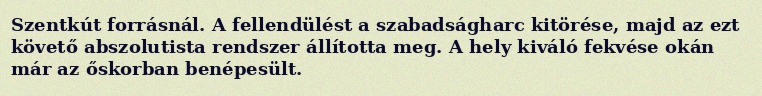
Szentkút forrásnál. A fellendülést a szabadságharc kitörése, majd az ezt követő abszolutista rendszer állította meg. A hely kiváló fekvése okán már az őskorban benépesült.